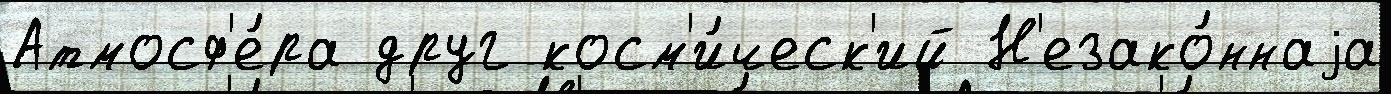
Атмосф'е́ра друг косм'и́ческ'ий Н'езако́ннаjа